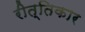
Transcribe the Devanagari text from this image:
रीत्तिकार